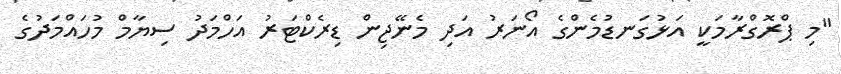
"މި ޕްރޮގްރާމަކީ އަޅުގަނޑުމެންގެ އޯނަރު އަދި މެނޭޖިން ޑިރެކްޓަރު އަހްމަދު ސިޔާމް މުހައްމަދުގެ